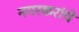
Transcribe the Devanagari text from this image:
नगरकरांचे